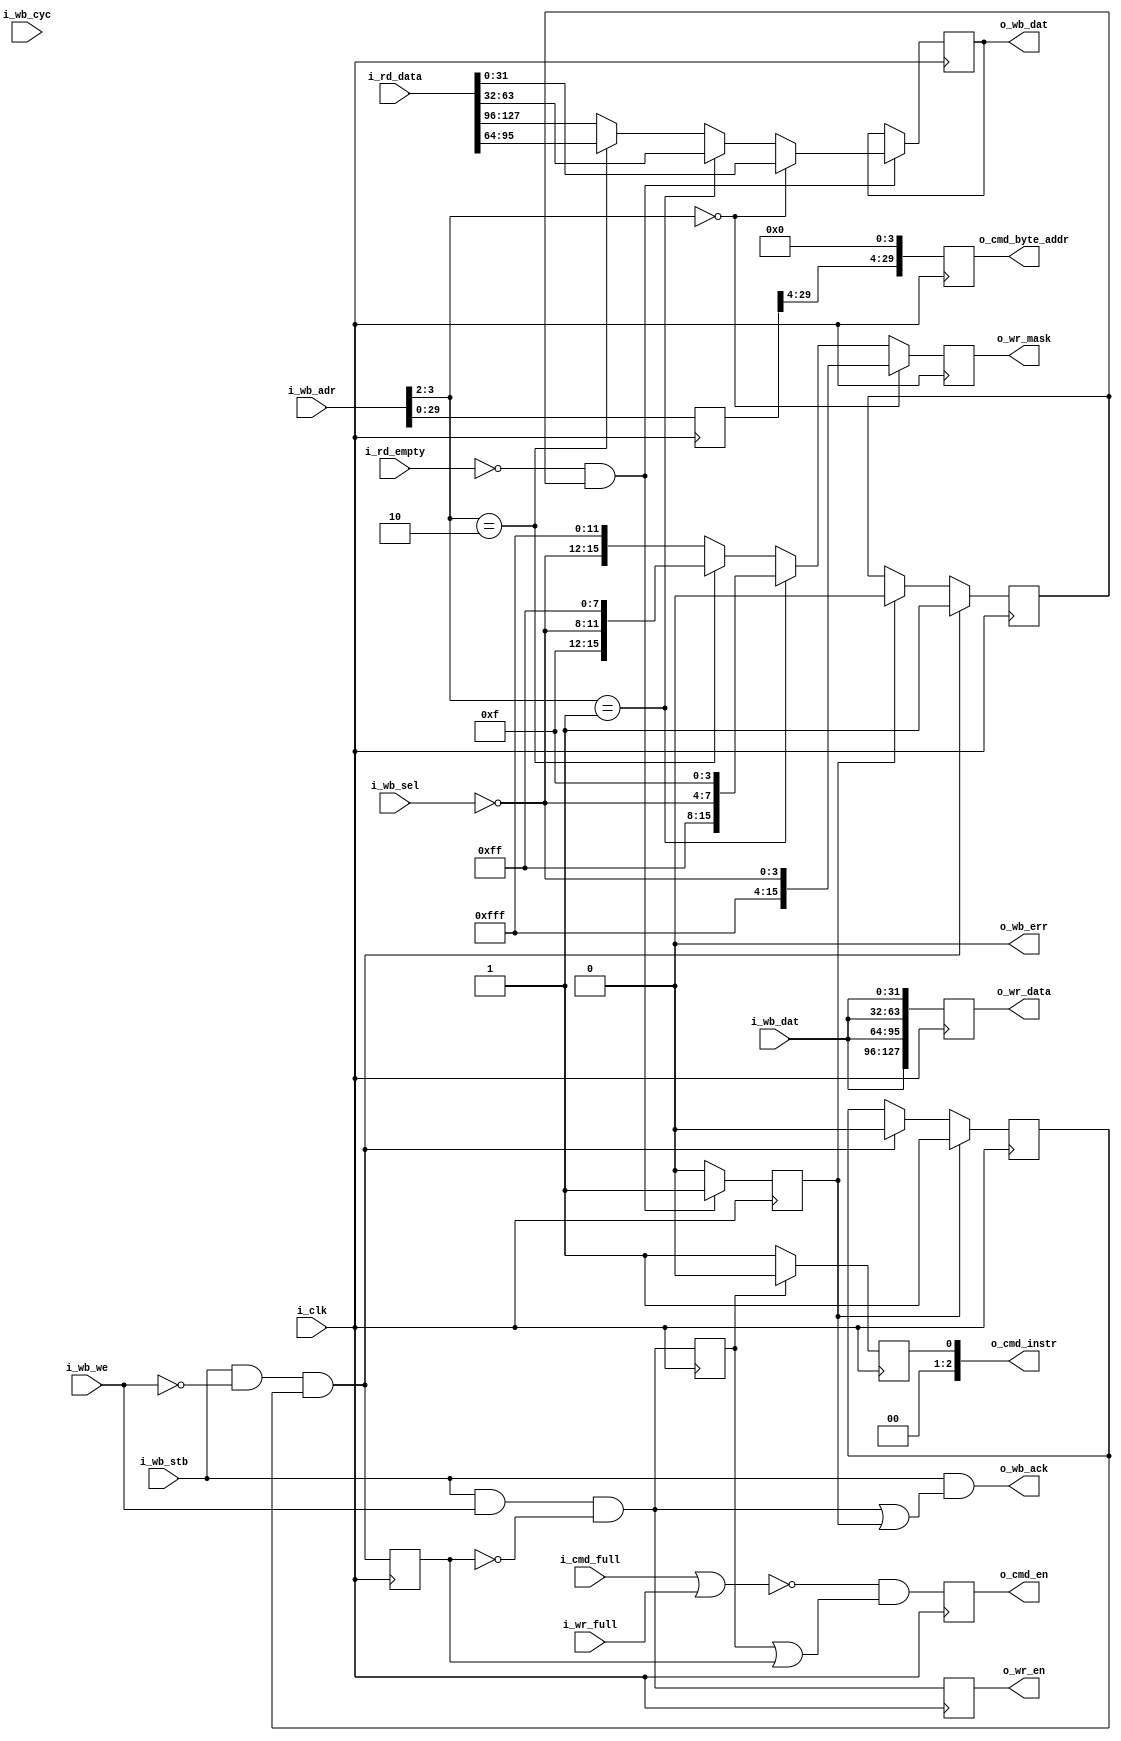
module wb_ddr3_bridge
(
input                          i_clk,

// MBus Ports
input       [31:0]             i_wb_adr,
input       [3:0]              i_wb_sel,
input                          i_wb_we,
output reg  [31:0]             o_wb_dat         = 'd0,
input       [31:0]             i_wb_dat,
input                          i_wb_cyc,
input                          i_wb_stb,
output                         o_wb_ack,
output                         o_wb_err,

output reg                     o_cmd_en         = 'd0,  // Command Enable
output reg [2:0]               o_cmd_instr      = 'd0,  // write = 000, read = 001
output reg [29:0]              o_cmd_byte_addr  = 'd0,  // Memory address
input                          i_cmd_full,              // DDR3 I/F Command FIFO is full

input                          i_wr_full,               // DDR3 I/F Write Data FIFO is full
output reg                     o_wr_en          = 'd0,  // Write data enable
output reg [15:0]              o_wr_mask        = 'd0,  // 1 bit per byte
output reg [127:0]             o_wr_data        = 'd0,  // 16 bytes write data
input      [127:0]             i_rd_data,               // 16 bytes of read data
input                          i_rd_empty               // low when read data is valid

);
                 
wire            start_write;
wire            start_read;
reg             start_write_d1;
reg             start_read_d1;
reg             start_read_hold = 'd0;
reg  [31:0]     wb_adr_d1;
wire            ddr3_busy;
reg             read_ack = 'd0;
reg             read_ready = 1'd1;

assign start_write = i_wb_stb && i_wb_we && !start_read_d1;
assign start_read  = i_wb_stb && !i_wb_we && read_ready;
assign ddr3_busy   = i_cmd_full || i_wr_full;

assign o_wb_err = 'd0;

// ------------------------------------------------------
// Outputs
// ------------------------------------------------------

// Command FIFO
always @( posedge i_clk )
    begin
    o_cmd_byte_addr  <= {wb_adr_d1[29:4], 4'd0};
    o_cmd_en         <= !ddr3_busy && ( start_write_d1 || start_read_d1 );
    o_cmd_instr      <= start_write_d1 ? 3'd0 : 3'd1;
    end


// ------------------------------------------------------
// Write
// ------------------------------------------------------
always @( posedge i_clk )
    begin
    o_wr_en          <= start_write;
    
    `ifdef XILINX_VIRTEX6_FPGA
        o_wr_mask        <= i_wb_adr[2] == 2'd2 ? { 8'h0, 4'hf,  ~i_wb_sel        } : 
                                                  { 8'h0,        ~i_wb_sel, 4'hf  } ; 
    `else
        o_wr_mask        <= i_wb_adr[3:2] == 2'd0 ? { 12'hfff, ~i_wb_sel          } : 
                            i_wb_adr[3:2] == 2'd1 ? { 8'hff,   ~i_wb_sel, 4'hf    } : 
                            i_wb_adr[3:2] == 2'd2 ? { 4'hf,    ~i_wb_sel, 8'hff   } : 
                                                    {          ~i_wb_sel, 12'hfff } ; 
    `endif
    
    o_wr_data        <= {4{i_wb_dat}};
    end

    
// ------------------------------------------------------
// Read
// ------------------------------------------------------

always @( posedge i_clk )
    begin
    if ( read_ack )
        read_ready <= 1'd1;
    else if ( start_read )
        read_ready <= 1'd0;
    
    start_write_d1  <= start_write;
    start_read_d1   <= start_read;
    wb_adr_d1       <= i_wb_adr;
    
    if ( start_read  )
        start_read_hold <= 1'd1;
    else if ( read_ack )
        start_read_hold <= 1'd0;
    
    if ( i_rd_empty == 1'd0 && start_read_hold )
        begin
        `ifdef XILINX_VIRTEX6_FPGA
            o_wb_dat  <= i_wb_adr[2] == 2'd2   ? i_rd_data[  31:0] :
                                                 i_rd_data[ 63:32] ;
        `else
            o_wb_dat  <= i_wb_adr[3:2] == 2'd0 ? i_rd_data[ 31: 0] :
                         i_wb_adr[3:2] == 2'd1 ? i_rd_data[ 63:32] :
                         i_wb_adr[3:2] == 2'd2 ? i_rd_data[ 95:64] :
                                                 i_rd_data[127:96] ;
        `endif
        read_ack  <= 1'd1;
        end
    else
        read_ack  <= 1'd0;
    end
                    
assign o_wb_ack = i_wb_stb && ( start_write || read_ack );


// Debug DDR3 - Wishbone Bridge  - not synthesizable
// ========================================================
//synopsys translate_off

`ifdef LP_MEMIF_DEBUG
    always @( posedge i_clk )
        begin
        if (start_write)
            $display("DDR3 Write Addr 0x%08x Data 0x%08h %08h %08h %08h, BE %d%d%d%d %d%d%d%d %d%d%d%d %d%d%d%d", 
                     i_i_wb_adr, i_mwdata[127:96], i_mwdata[95:64], i_mwdata[63:32], i_mwdata[31:0],
                     i_mwben[15], i_mwben[14], i_mwben[13], i_mwben[12], 
                     i_mwben[11], i_mwben[10], i_mwben[9],  i_mwben[8], 
                     i_mwben[7],  i_mwben[6],  i_mwben[5],  i_mwben[4], 
                     i_mwben[3],  i_mwben[2],  i_mwben[1],  i_mwben[0] 
                     );
                     
        if (i_rd_empty == 1'd0)
            $display("DDR3 Read  Addr 0x%08x Data 0x%08h %08h %08h %08h", 
                     i_i_wb_adr, i_rd_data[127:96], i_rd_data [95:64], i_rd_data [63:32], i_rd_data [31:0]);
        end
`endif
//synopsys translate_on

    
endmodule